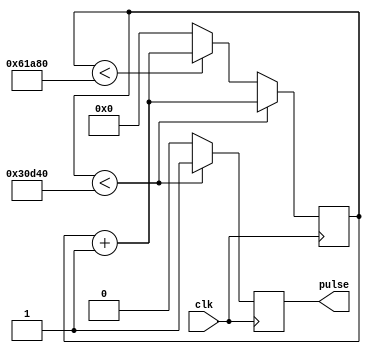
module fourmspulse (clk, pulse);
	input clk;
	output reg pulse;
	
	
	reg [31:0] counter;

	always @(posedge clk) begin
		 if (counter < 200000) begin
			  counter <= counter + 1;
			  pulse <= 1;
		 end else if (counter < 400000) begin
			  counter <= counter + 1;
			  pulse <= 0;
		 end else begin
			  counter <= 0;
			  pulse <= 0;
		 end
	end

endmodule